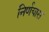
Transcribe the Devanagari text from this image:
निर्णयास